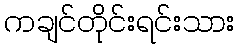
ကချင်တိုင်းရင်းသား